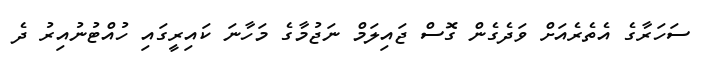
ސަހަރާގެ އެތެރެއަށް ވަދެގެން ގޮސް ޖައިލަމް ނަޖުމާގެެ މަހާނަ ކައިރީގައި ހުއްޓުނުއިރު ދެ